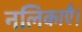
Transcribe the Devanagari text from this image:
नलिकाएँ।